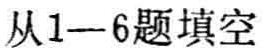
从1—6题填空